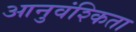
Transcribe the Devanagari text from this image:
आनुवंश्किता